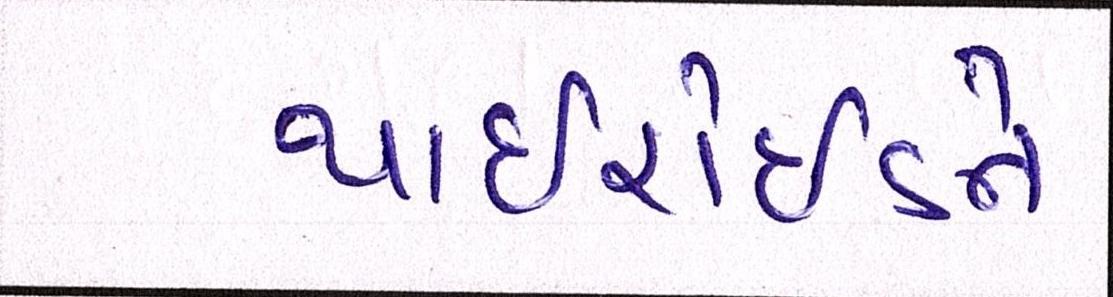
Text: થાઈરોઈડને